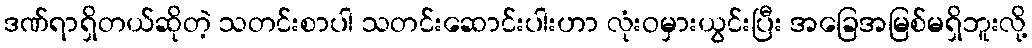
ဒဏ်ရာရှိတယ်ဆိုတဲ့ သတင်းစာပါ သတင်းဆောင်းပါးဟာ လုံးဝမှားယွင်းပြီး အခြေအမြစ်မရှိဘူးလို့